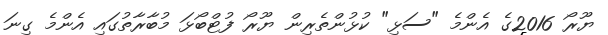
ޔޫރޯ 2016ގެ އެންމެ "ސަޅި" ކުޅުންތެރިން ޔޫރޯ ފުޓްބޯޅަ މުބާރާތުގައި އެންމެ ގިނަ